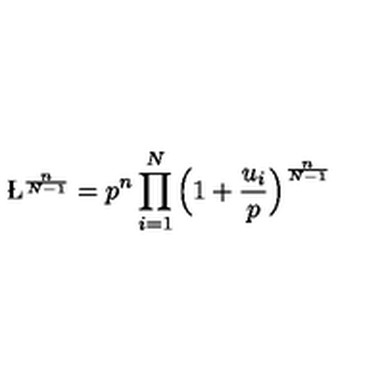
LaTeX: { \L } ^ { \frac { n } { N - 1 } } = p ^ { n } \prod _ { i = 1 } ^ { N } \Big ( 1 + \frac { u _ { i } } { p } \Big ) ^ { \frac { n } { N - 1 } }